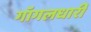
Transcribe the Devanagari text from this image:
गॉगलधारी